65_HS1-834228961_62-HQ-83894_SUB_A
Agency: FBI
Page 55
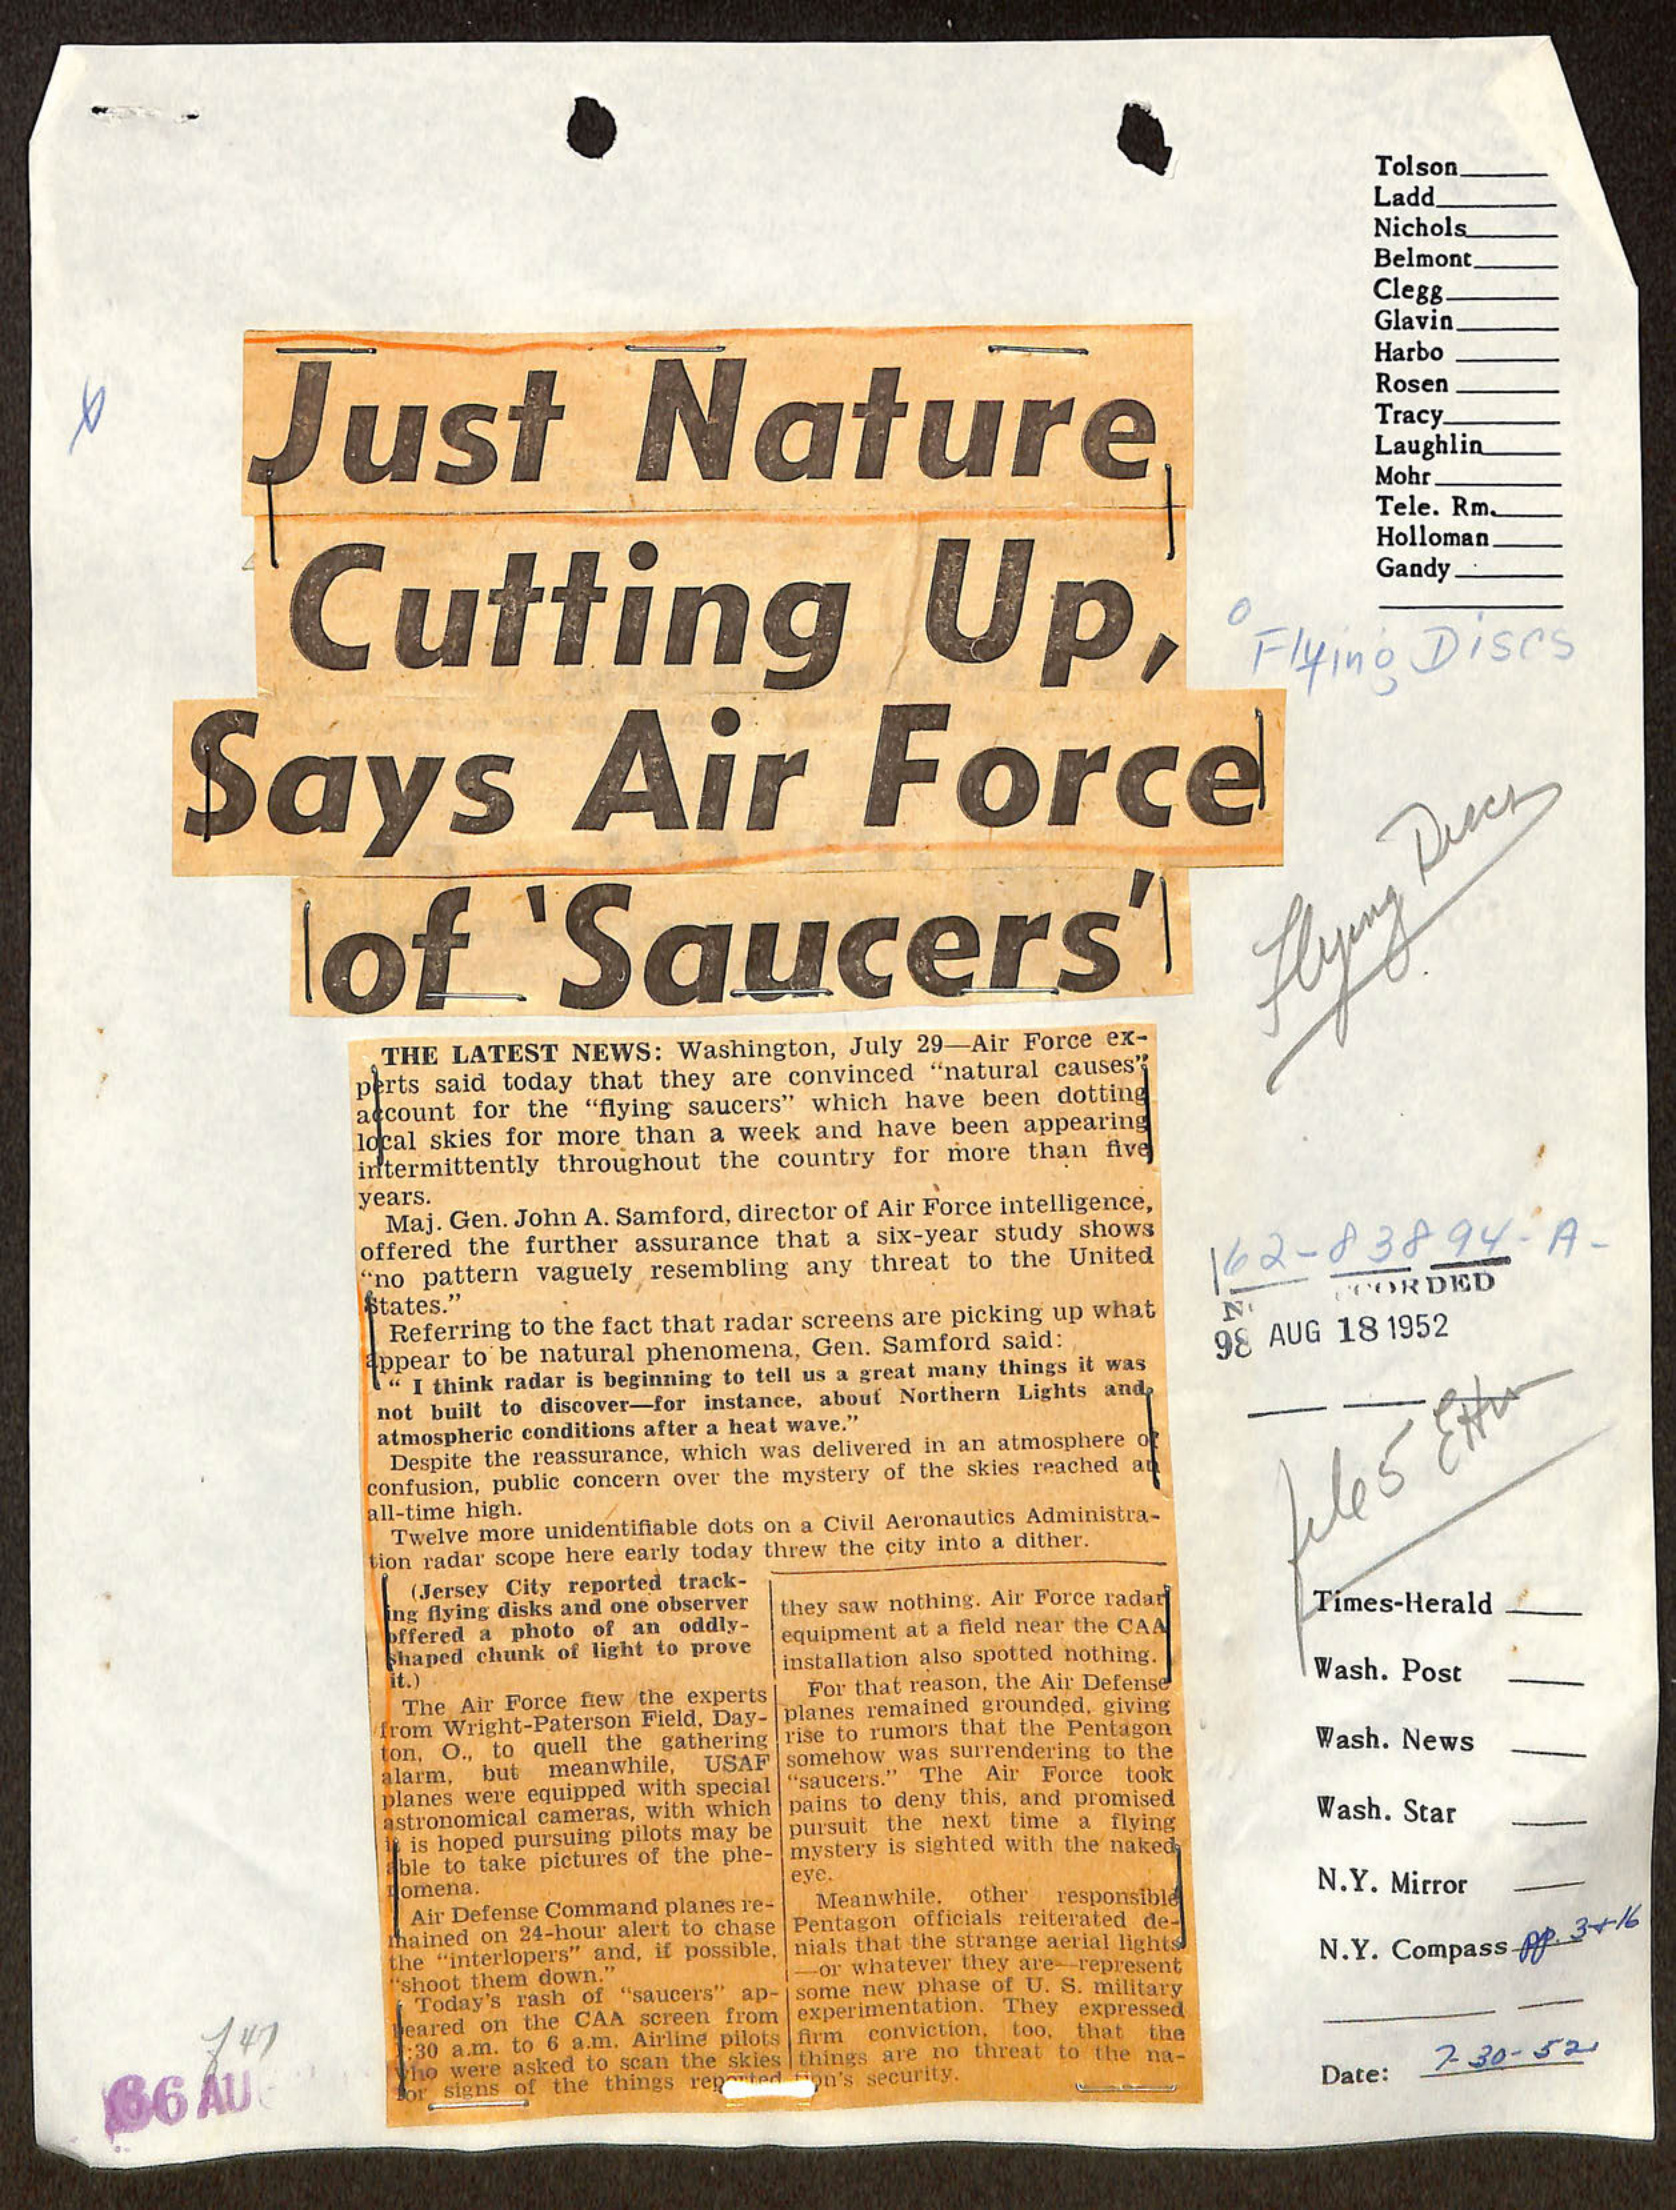